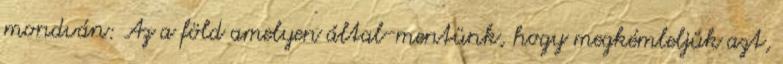
mondván: Az a föld amelyen által-mentünk, hogy megkémleljük azt,